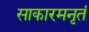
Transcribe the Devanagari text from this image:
साकारमनृतं